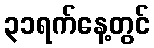
၃၁ရက်နေ့တွင်